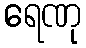
ရေဏု